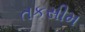
તકસીમ